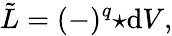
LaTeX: \tilde{L}=(-)^{q}{\star\mathrm{d}V},